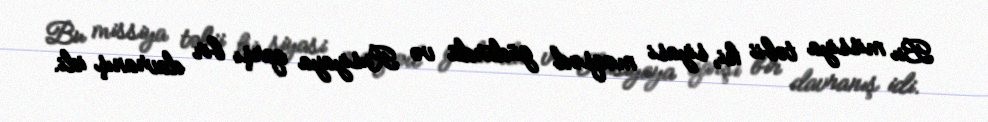
Bu missiya təbii ki, siyasi məqsəd güdürdü və Rusiyaya qarşı bir davranış idi.